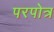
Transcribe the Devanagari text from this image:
परपोत्र